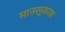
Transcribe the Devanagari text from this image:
मातसूकाता